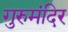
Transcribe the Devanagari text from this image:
गुरुमंदिर